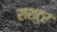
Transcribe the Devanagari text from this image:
राश्ट्र